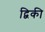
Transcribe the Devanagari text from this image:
द्विकी